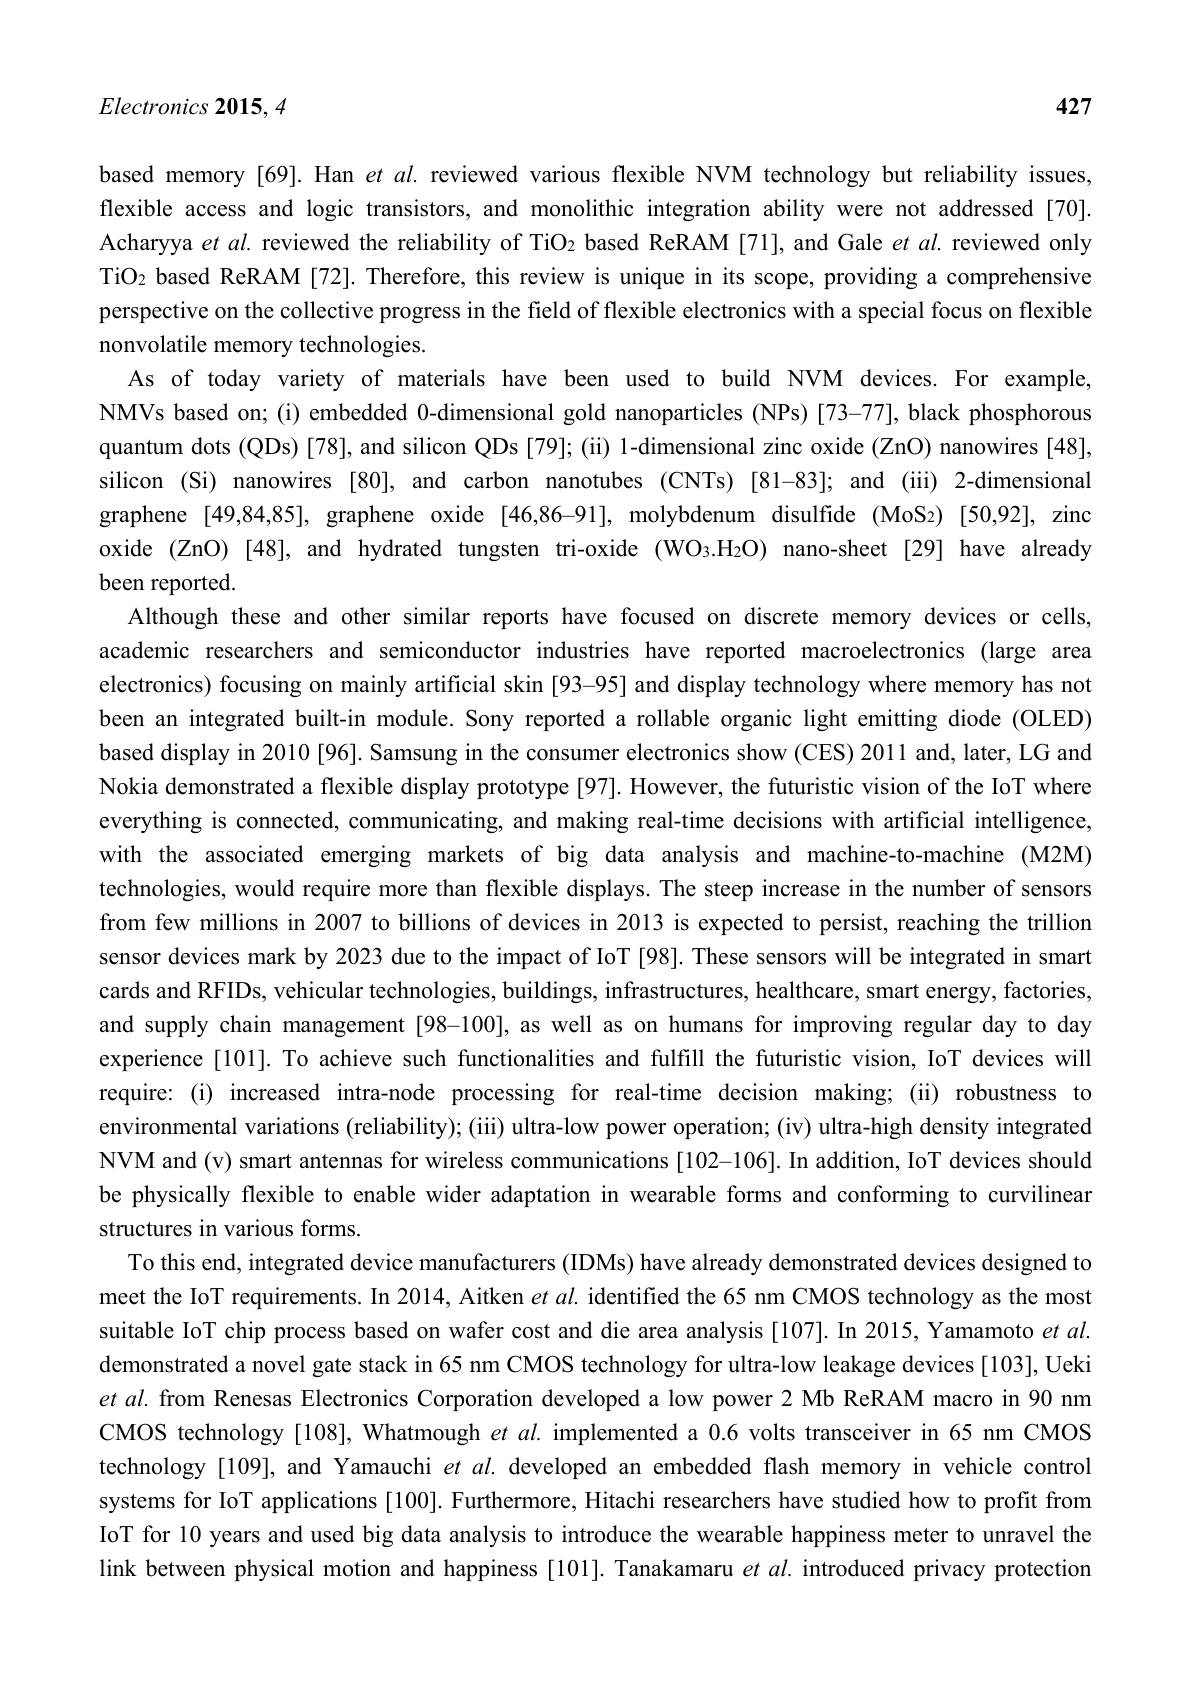
427

$Electronics\textbf{ 2015}, 4$

based memory [69]. Han $et$ al. reviewed various flexible NVM technology but reliability issues, flexible access and logic transistors, and monolithic integration ability were not addressed [70]. Acharyya etal. reviewed the reliability of TiO$_2$ based ReRAM [71], and Gale $et$ al. reviewed only TiO_2 based ReRAM [72]. Therefore, this review is unique in its scope, providing a comprehensive perspective on the collective progress in the field of flexible electronics with a special focus on flexible nonvolatile memory technologies.
As of today variety of materials have been used to build NVM devices. For example, NMVs based on; (i) embedded 0-dimensional gold nanoparticles (NPs)[73-77], black phosphorous quantum dots (QDs) [78], and silicon QDs [79]; (ii) 1-dimensional zinc oxide (ZnO) nanowires [48], silicon (Si) nanowires [80], and carbon nanotubes (CNTs) [81-83]; and (iii) 2-dimensional graphene [49,84,85], graphene oxide [46,86-91], molybdenum disulfide (MoS2)[50,92], zinc oxide (ZnO) [48], and hydrated tungsten tri-oxide (WO$_{3}.\mathrm{H}_{2}$O) nano-sheet [29] have already been reported.
Although these and other similar reports have focused on discrete memory devices or cells, academic researchers and semiconductor industries have reported macroelectronics (large area electronics) focusing on mainly artificial skin [93-95] and display technology where memory has not been an integrated built-in module. Sony reported a rollable organic light emitting diode (OLED) based display in 2010 [96]. Samsung in the consumer electronics show (CES) 2011 and, later, LG and Nokia demonstrated a flexible display prototype [97]. However, the futuristic vision of the IoT where everything is connected, communicating, and making real-time decisions with artificial intelligence, with the associated emerging markets of big data analysis and machine-to-machine (M2M) technologies, would require more than flexible displays. The steep increase in the number of sensors from few millions in 2007 to billions of devices in 2013 is expected to persist, reaching the trillion sensor devices mark by 2023 due to the impact of IoT [98]. These sensors will be integrated in smart cards and RFIDs, vehicular technologies, buildings, infrastructures, healthcare, smart energy, factories, and supply chain management [98-100], as well as on humans for improving regular day to day experience [101]. To achieve such functionalities and fulfill the futuristic vision, IoT devices will require: (i) increased intra-node processing for real-time decision making; (ii) robustness to environmental variations (reliability); (iii) ultra-low power operation; (iv) ultra-high density integrated NVM and (v) smart antennas for wireless communications [102-106]. In addition, IoT devices should be physically flexible to enable wider adaptation in wearable forms and conforming to curvilinear structures in various forms.
To this end, integrated device manufacturers (IDMs) have already demonstrated devices designed to meet the IoT requirements. In 2014, Aitken etal. identified the 65 nm CMOS technology as the most suitable IoT chip process based on wafer cost and die area analysis [107]. In 2015, Yamamoto et al. demonstrated a novel gate stack in 65 nm CMOS technology for ultra-low leakage devices [103], Ueki et al. from Renesas Electronics Corporation developed a low power 2 Mb ReRAM macro in 90 nm CMOS technology [108], Whatmough $et$ al. implemented a 0.6 volts transceiver in 65 nm CMOS technology [109], and Yamauchi $et$ al. developed an embedded flash memory in vehicle control systems for IoT applications [100]. Furthermore, Hitachi researchers have studied how to profit from IoT for 10 years and used big data analysis to introduce the wearable happiness meter to unravel the link between physical motion and happiness [101]. Tanakamaru $et$ $al.$ introduced privacy protection